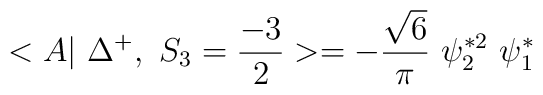
<A|~\Delta^{+},~ S_3=\frac{-3}{2} >=- \frac{\sqrt{6}}{\pi} ~\psi_2^{*2}~\psi_1^*